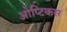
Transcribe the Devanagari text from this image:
ओप्टिकस